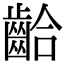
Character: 𪘁